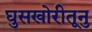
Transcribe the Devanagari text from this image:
घुसखोरीतूनु